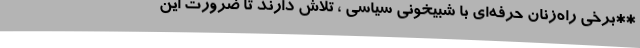
**برخی راه‌زنان حرفه‌ای با شبیخونی سیاسی ، تلاش دارند تا ضرورت این